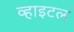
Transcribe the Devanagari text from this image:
व्हाइटल